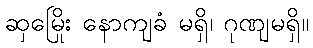
ဆှမြေိုး နောကျခံ မရှိ၊ ဂုဏျမရှိ။